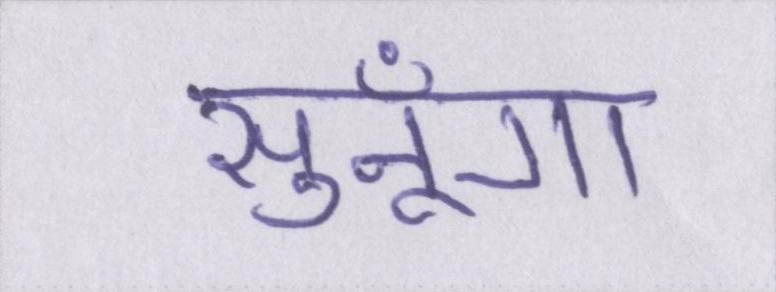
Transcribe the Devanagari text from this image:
सुनूँगा।